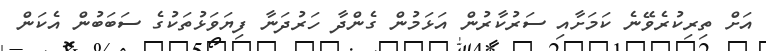
އަށް ތިރިކުރެވޭނެ ކަމަށާއި ސަރުކާރުން އަޅަމުން ގެންދާ ހަރުދަނާ ފިޔަވަޅުތަކުގެ ސަބަބުން އެކަން